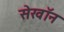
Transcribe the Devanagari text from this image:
सेखॉन